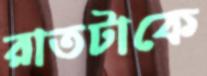
রাতটাকে